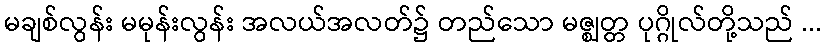
မချစ်လွန်း မမုန်းလွန်း အလယ်အလတ်၌ တည်သော မဇ္ဈတ္တ ပုဂ္ဂိုလ်တို့သည် ...